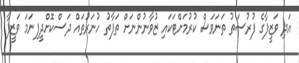
އަދި ވަޒީފާގެ ފުރުސަތު ތަނަވަސް ކުރުމަށްޓަކައި ޒުވާނުންނަށް ތަފާތު ހުނަރުތައް ދަސްކޮށްދީފިނަމަ ވަޒީފާ